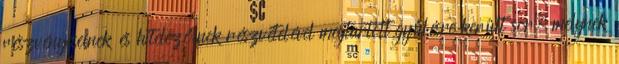
részvényeseinek és hitelezőinek részvételével megtartott gyűlésre került sor, melynek